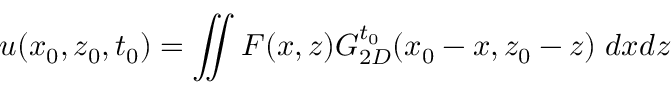
u ( x _ { 0 } , z _ { 0 } , t _ { 0 } ) = \iint F ( x , z ) G _ { 2 D } ^ { t _ { 0 } } ( x _ { 0 } - x , z _ { 0 } - z ) \; d x d z